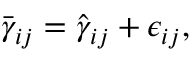
\bar { \gamma } _ { i j } = \hat { \gamma } _ { i j } + \epsilon _ { i j } ,